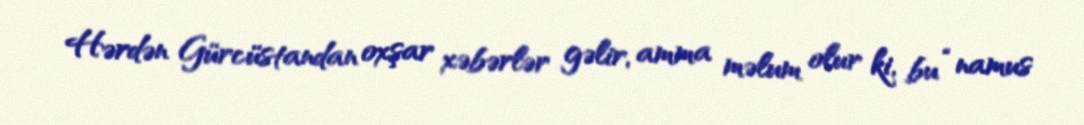
Hərdən Gürcüstandan oxşar xəbərlər gəlir, amma məlum olur ki, bu “namus